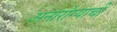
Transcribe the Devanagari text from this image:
अनारोग्याची